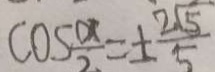
\cos \frac { \alpha } { 2 } = \pm \frac { 2 \sqrt { 5 } } { 5 }